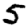
Digit: 5